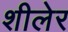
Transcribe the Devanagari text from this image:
शीलेर